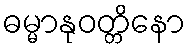
ဓမ္မာနုဝတ္တိနော